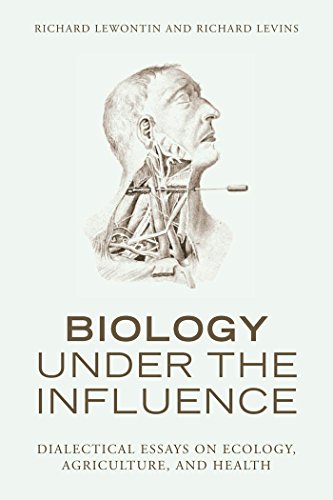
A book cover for Biology Under the Influence: Dialectical Essays on Ecology, agriculture, and health; Richard Lewontin; Science & Math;